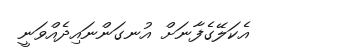
އެކަލޭގެފާނަށް އުނގަންނައިދެއްވަނީ